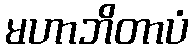
မဟာဘိတာပံ